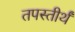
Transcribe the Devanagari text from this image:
तपस्तीर्थं